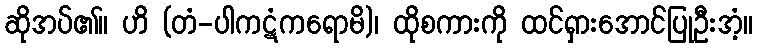
ဆိုအပ်၏။ ဟိ (တံ-ပါကဋံကရောမိ)၊ ထိုစကားကို ထင်ရှားအောင်ပြုဦးအံ့။